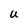
Character: U